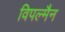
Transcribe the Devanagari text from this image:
विपल्मैन